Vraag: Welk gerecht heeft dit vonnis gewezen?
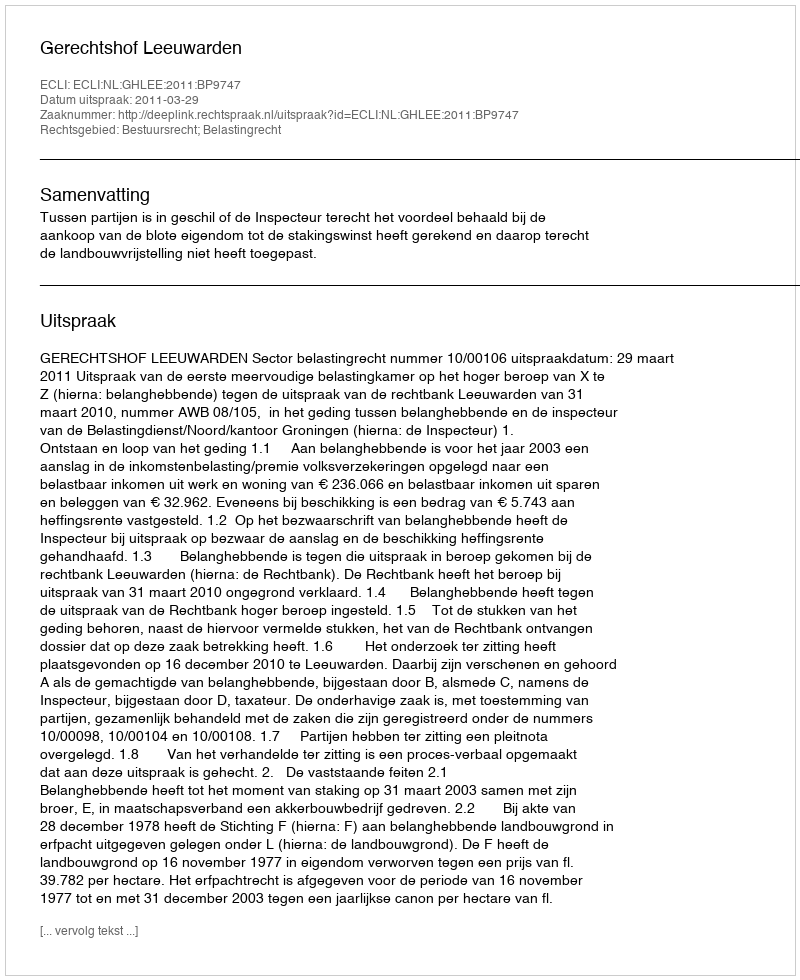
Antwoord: Gerechtshof Leeuwarden